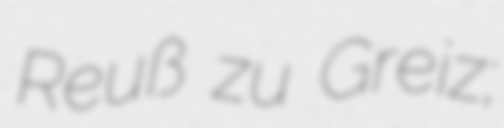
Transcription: Reuß zu Greiz;